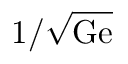
1 / \sqrt { \mathrm { G e } }